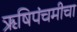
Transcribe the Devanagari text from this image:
ऋषिपंचमीचा